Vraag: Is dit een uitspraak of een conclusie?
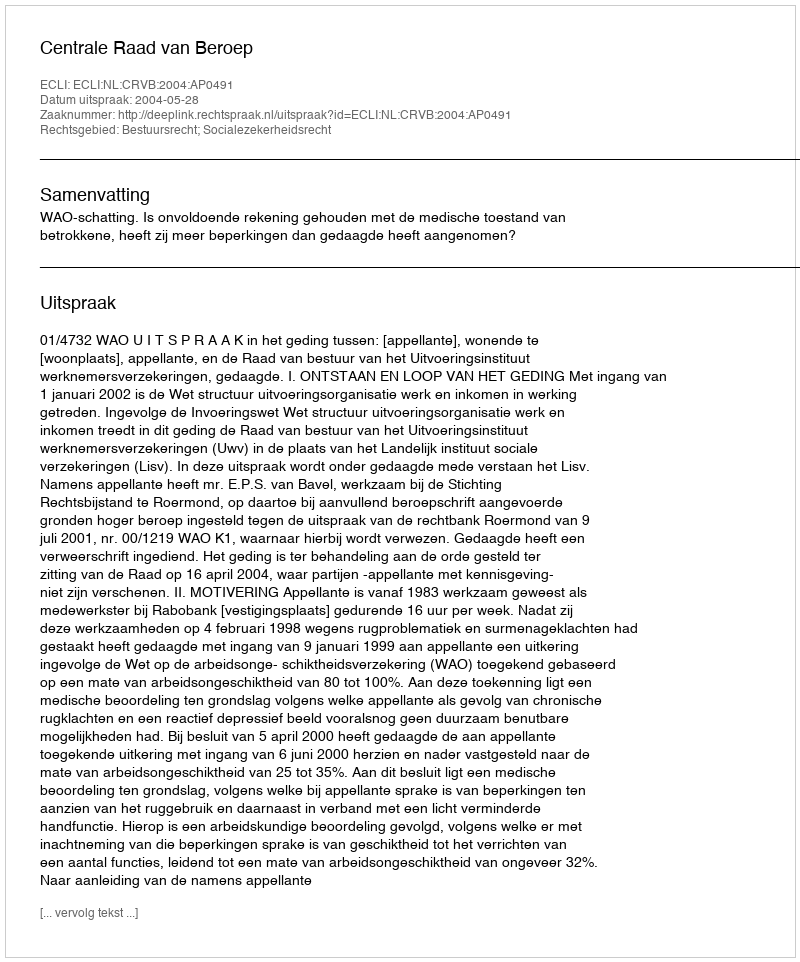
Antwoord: Uitspraak